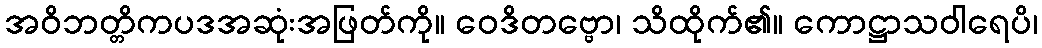
အဝိဘတ္တိကပဒအဆုံးအဖြတ်ကို။ ဝေဒိတဗ္ဗော၊ သိထိုက်၏။ ကောဋ္ဌာသဝါရေပိ၊